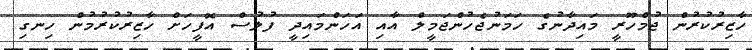
ހާޒިރުކުރުން ޖުމްހޫރީ މައިދާނުގެ ހަމަނުޖެހުންޖަމީލް އާއި އަހަންމައިދީ ފުލުސް އޮފީހަށް ހާޒިރުކުރުމުން ހިނގި